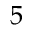
5